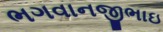
ભગવાનજીભાઇ